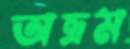
অভ্রম